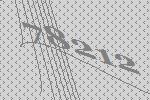
78212